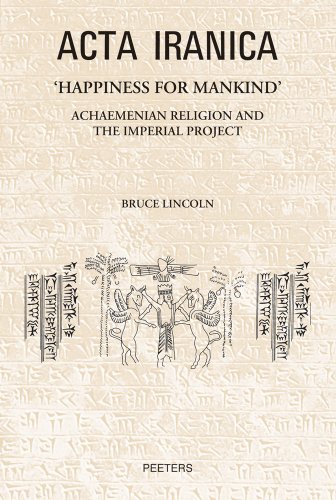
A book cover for Happiness for Mankind: Achaemenian Religion and the Imperial Project (Acta Iranica); B. Lincoln; History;